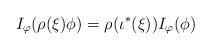
LaTeX: \begin{align*}I_\varphi(\rho(\xi)\phi)=\rho(\iota^*(\xi))I_\varphi(\phi)\end{align*}